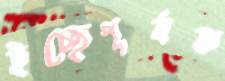
ইচ্ছেপূর্বক